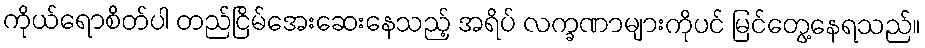
ကိုယ်ရောစိတ်ပါ တည်ငြိမ်အေးဆေးနေသည့် အရိပ် လက္ခဏာများကိုပင် မြင်တွေ့နေရသည်။